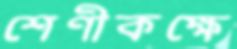
শেণীকক্ষে